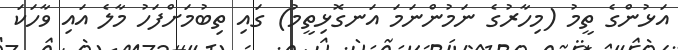
އަޅުންގެ ތީމު (މިހާރުގެ ނަމުންނަމަ އަނގޮޅިތީމު) ގައި ތިބުމަށްފަހު މާލެ އައި ވާހަކަ